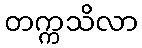
တက္ကသိလာ